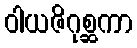
ဝါယဇိဂုစ္ဆကာ